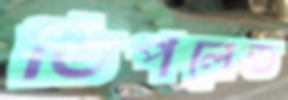
ডিপলেড